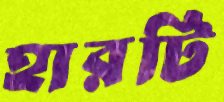
হারটি